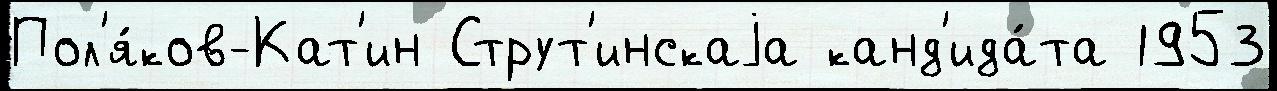
Пол'я́ков-Кат'ин Струт'инскаjа канд'ида́та 1953